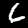
Digit: 6